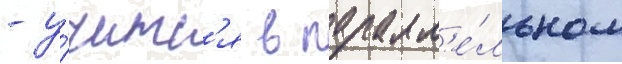
- у́читс'я в паралл'е́льном